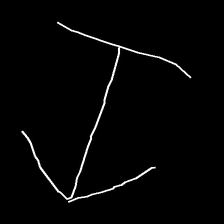
Glyph: levitation